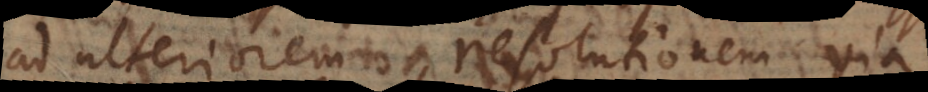
ad ulteriorem resolutionem via